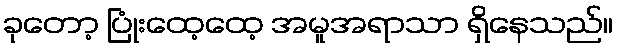
ခုတော့ ပြုံးထေ့ထေ့ အမူအရာသာ ရှိနေသည်။